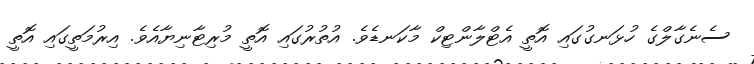
ސެނެގާލްގެ ހުޅަނގުގައި އޮތީ އެޓްލާންޓިކް މާކަނޑެވެ. އުތުރުގައި އޮތީ މުރިޓާނިޔާއެވެ. އިރުމަތީގައި އޮތީ